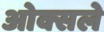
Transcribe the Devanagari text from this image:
ओक्सले